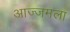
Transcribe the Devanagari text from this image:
आज्जमला